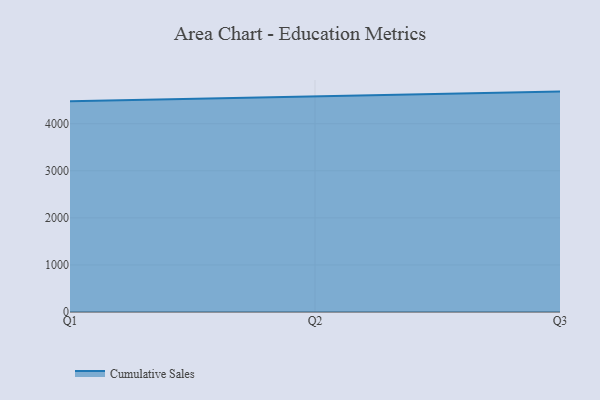
{"axis": {"x": "Quarter", "y": "Market Share (%)"}, "legend": ["Cumulative Sales"], "data": [{"x": "Q1", "y": 4477.8, "type": "Cumulative Sales"}, {"x": "Q2", "y": 4582.6, "type": "Cumulative Sales"}, {"x": "Q3", "y": 4683.1, "type": "Cumulative Sales"}]}